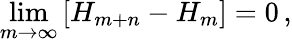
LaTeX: \operatorname*{lim}_{m\rightarrow\infty}\left[H_{m+n}-H_{m}\right]=0\, ,